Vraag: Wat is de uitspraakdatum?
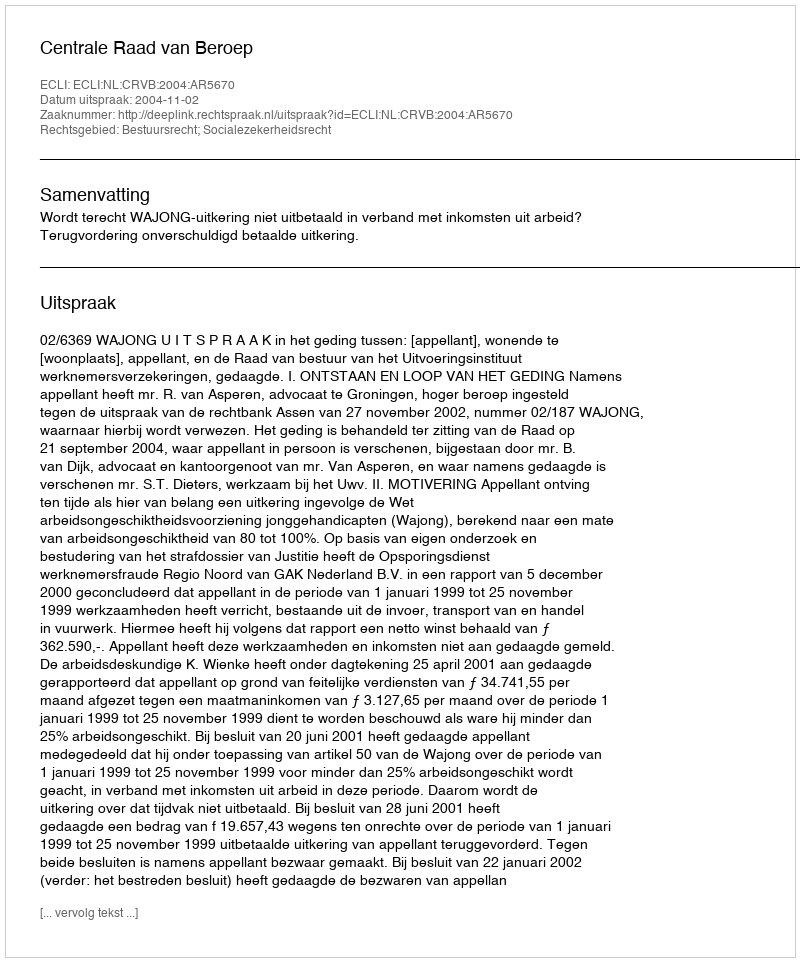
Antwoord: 2004-11-02